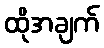
ထိုအချက်